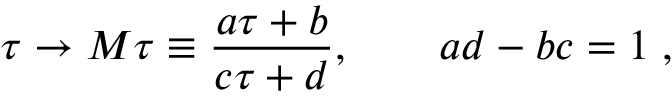
\tau \rightarrow M \tau \equiv \frac { a \tau + b } { c \tau + d } , \quad \quad a d - b c = 1 \; ,